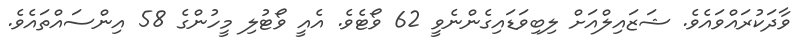
ވާދަކުރައްވައެވެ. ޝަޒައިލްއަށް ލިބިވަޑައިގެންނެވީ 62 ވޯޓެވެ. އެއީ ވޯޓުލި މީހުންގެ 58 އިންސައްތައެވެ.